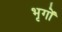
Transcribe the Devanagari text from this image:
भृगों